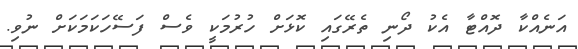
އަނެއްކާ ދޮއްޓާ އެކު ދޯނި ތެރޭގައި ކޮޅަށް ހުރުމަކީ ވެސް ފަސޭހަކަމަކަށް ނުވި.